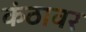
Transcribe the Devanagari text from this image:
कंठावर